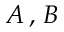
A \, , \, B